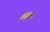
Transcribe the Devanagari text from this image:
मिंक्